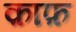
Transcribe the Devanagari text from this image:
क़ाफ़